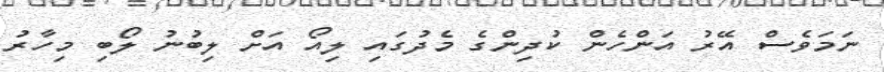
ނަމަވެސް އޭރު އަންހެން ކުދިންގެ މެދުގައި ލިއޯ އަށް ލިބުނު ލޯބި މިހާރު